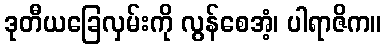
ဒုတီယခြေလှမ်းကို လွန်စေအံ့၊ ပါရာဇိက။